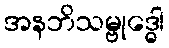
အနဘိသမ္ဗုဒ္ဓေါ